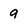
Character: 9